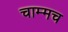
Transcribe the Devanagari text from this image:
चाम्मच